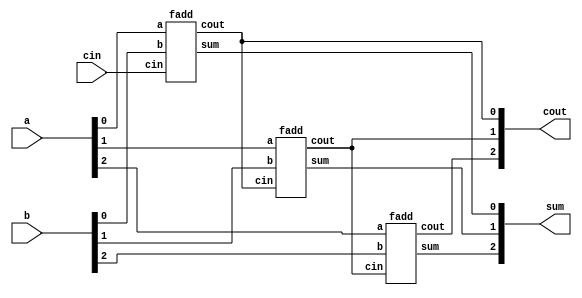
module top_module( 
    input [2:0] a, b,
    input cin,
    output [2:0] cout,
    output [2:0] sum );
    wire sum0, sum1, sum2;
    fadd f0 (.a(a[0]), .b(b[0]), .cin(cin), .cout(cout[0]), .sum(sum0));
    fadd f1 (.a(a[1]), .b(b[1]), .cin(cout[0]), .cout(cout[1]), .sum(sum1));
    fadd f2 (.a(a[2]), .b(b[2]), .cin(cout[1]), .cout(cout[2]), .sum(sum2));
    assign sum = {sum2, sum1, sum0};
endmodule

module fadd( 
    input a, b, cin,
    output cout, sum );
    assign cout = (a && b) || (cin && (a || b));
    assign sum = a ^ b ^ cin;
endmodule